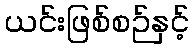
ယင်းဖြစ်စဉ်နှင့်